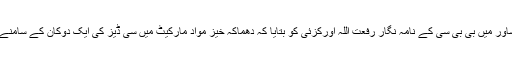
گل بہار پولیس تھانہ کے ایک اہلکار نے پشاور میں بی بی سی کے نامہ نگار رفعت اللہ اورکزئی کو بتایا کہ دھماکہ خیز مواد مارکیٹ میں سی ڈیز کی ایک دوکان کے سامنے کھڑی موٹر سائیکل میں نصب کیا گیا تھا۔